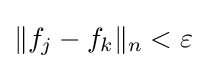
\|f_{j}-f_{k}\|_{n}<\varepsilon